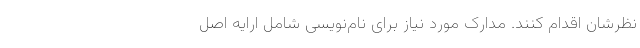
نظرشان اقدام کنند. مدارک مورد نیاز برای نام‌نویسی شامل ارایه اصل